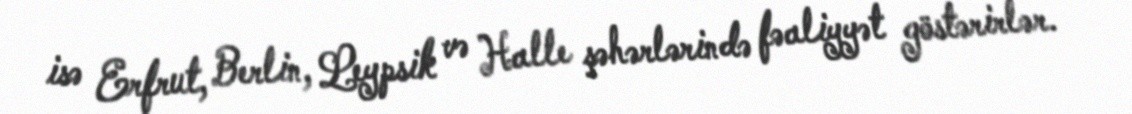
isə Erfrut, Berlin, Leypsik və Halle şəhərlərində fəaliyyət göstərirlər.